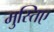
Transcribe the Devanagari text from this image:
मुस्तिए